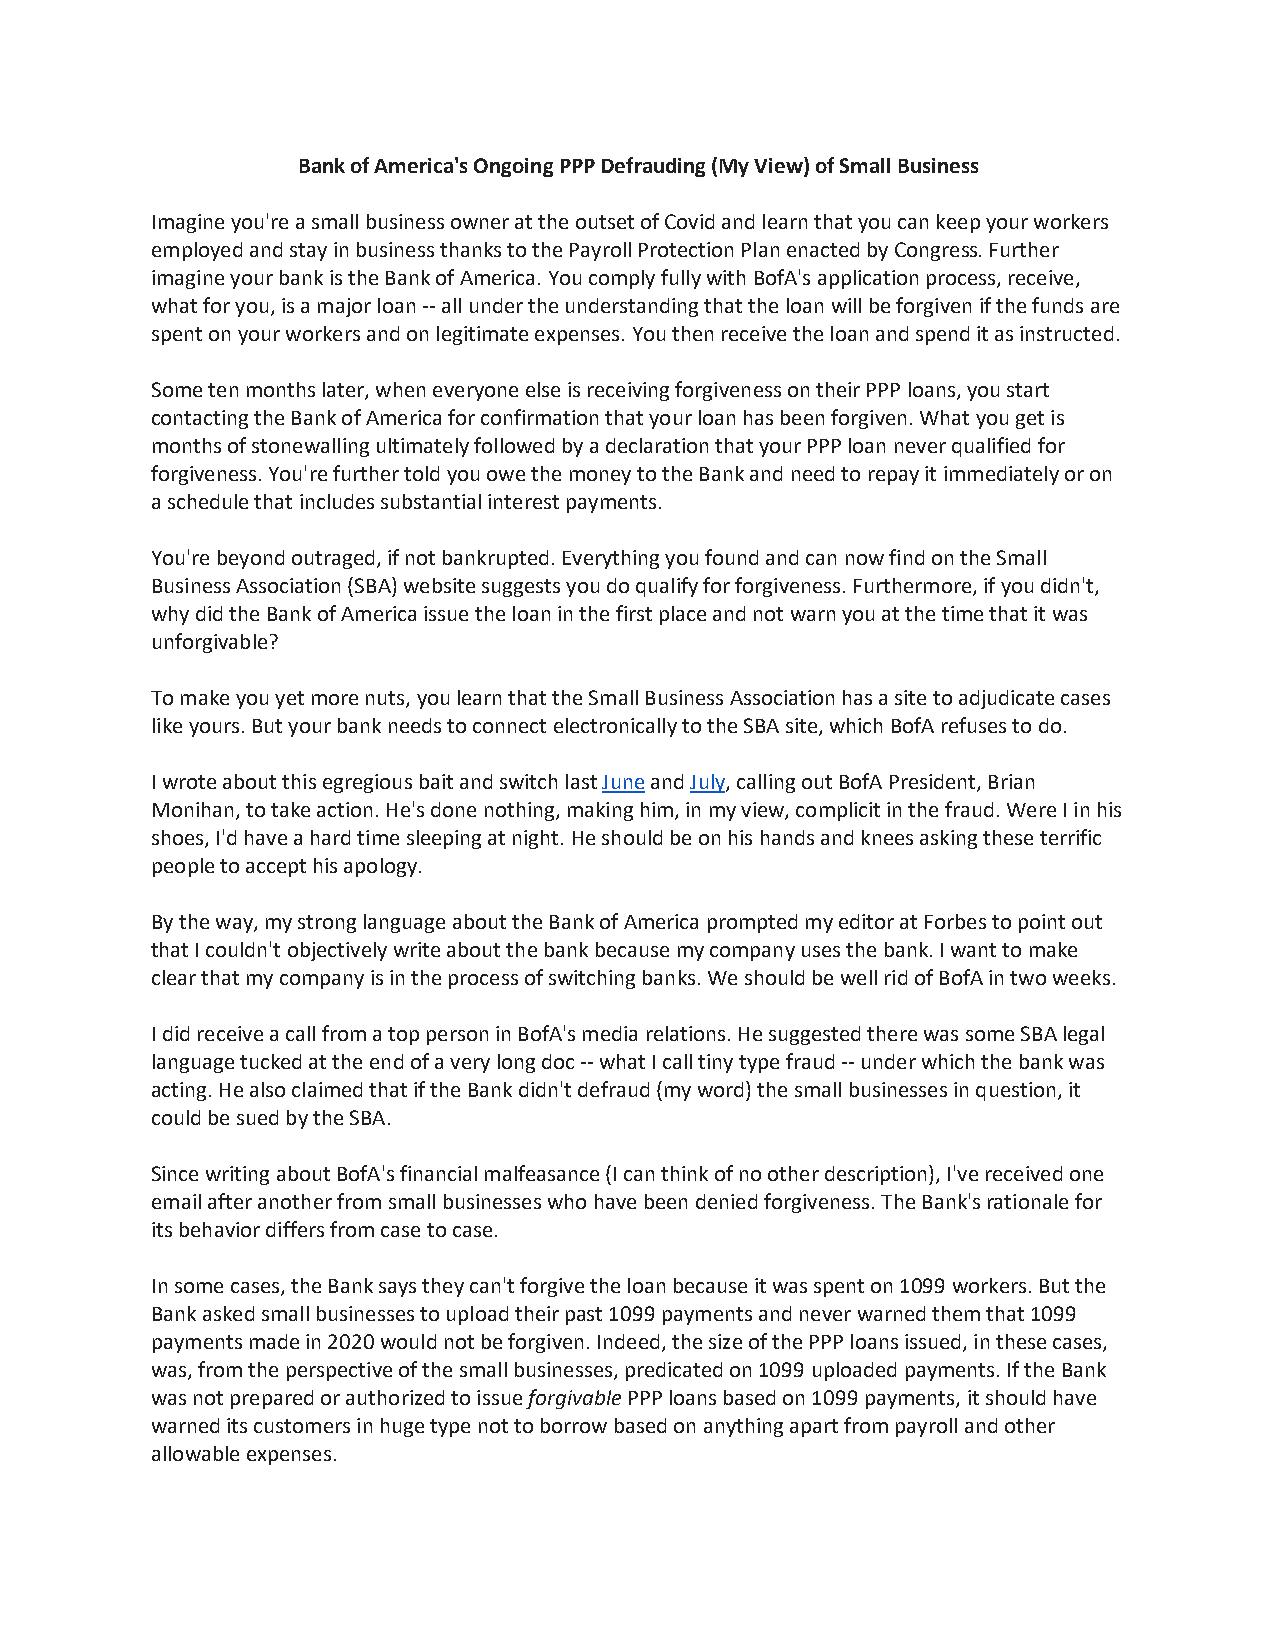
Bank of America's Ongoing PPP Defrauding (My View) of Small Business
 Imagine you're a small business owner at the outset of Covid and learn that you can keep your workers
 employed and stay in business thanks to the Payroll Protection Plan enacted by Congress. Further
 imagine your bank is the Bank of America. You comply fully with BofA's application process, receive,
 what for you, is a major loan -- all under the understanding that the loan will be forgiven if the funds are
 spent on your workers and on legitimate expenses. You then receive the loan and spend it as instructed.
 Some ten months later, when everyone else is receiving forgiveness on their PPP loans, you start
 contacting the Bank of America for confirmation that your loan has been forgiven. What you get is
 months of stonewalling ultimately followed by a declaration that your PPP loan never qualified for
 forgiveness. You're further told you owe the money to the Bank and need to repay it immediately or on
 a schedule that includes substantial interest payments.
 You're beyond outraged, if not bankrupted. Everything you found and can now find on the Small
 Business Association (SBA) website suggests you do qualify for forgiveness. Furthermore, if you didn't,
 why did the Bank of America issue the loan in the first place and not warn you at the time that it was
 unforgivable?
 To make you yet more nuts, you learn that the Small Business Association has a site to adjudicate cases
 like yours. But your bank needs to connect electronically to the SBA site, which BofA refuses to do.
 I wrote about this egregious bait and switch last June and July, calling out BofA President, Brian
 Monihan, to take action. He's done nothing, making him, in my view, complicit in the fraud. Were I in his
 shoes, I'd have a hard time sleeping at night. He should be on his hands and knees asking these terrific
 people to accept his apology.
 By the way, my strong language about the Bank of America prompted my editor at Forbes to point out
 that I couldn't objectively write about the bank because my company uses the bank. I want to make
 clear that my company is in the process of switching banks. We should be well rid of BofA in two weeks.
 I did receive a call from a top person in BofA's media relations. He suggested there was some SBA legal
 language tucked at the end of a very long doc -- what I call tiny type fraud -- under which the bank was
 acting. He also claimed that if the Bank didn't defraud (my word) the small businesses in question, it
 could be sued by the SBA.
 Since writing about BofA's financial malfeasance (I can think of no other description), I've received one
 email after another from small businesses who have been denied forgiveness. The Bank's rationale for
 its behavior differs from case to case.
 In some cases, the Bank says they can't forgive the loan because it was spent on 1099 workers. But the
 Bank asked small businesses to upload their past 1099 payments and never warned them that 1099
 payments made in 2020 would not be forgiven. Indeed, the size of the PPP loans issued, in these cases,
 was, from the perspective of the small businesses, predicated on 1099 uploaded payments. If the Bank
 was not prepared or authorized to issue forgivable PPP loans based on 1099 payments, it should have
 warned its customers in huge type not to borrow based on anything apart from payroll and other
 allowable expenses.